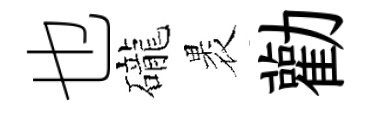
也礲褁勸